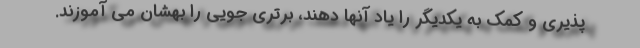
پذیری و کمک به یکدیگر را یاد آنها دهند، برتری جویی را بهشان می آموزند.